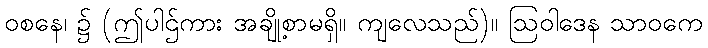
ဝစနေ၊ ၌ (ဤပါဌ်ကား အချို့စာမရှိ။ ကျလေသည်)။ ဩဝါဒေန သာဝကေ